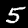
Label: 5